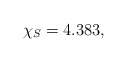
\begin{align*}\chi_{S} = 4.383,\end{align*}